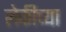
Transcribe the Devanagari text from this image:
लेकीच्या